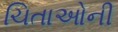
ચિતાઓની